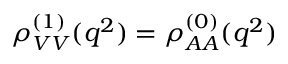
\rho _ { V V } ^ { ( 1 ) } ( q ^ { 2 } ) = \rho _ { A A } ^ { ( 0 ) } ( q ^ { 2 } )